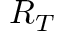
R _ { T }